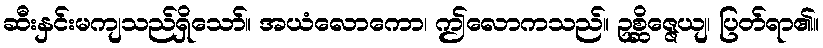
ဆီးနှင်းမကျသည်ရှိသော်။ အယံလောကော၊ ဤလောကသည်။ ဥစ္ဆိဇ္ဇေယျ၊ ပြတ်ရာ၏။